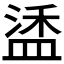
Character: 𬐦